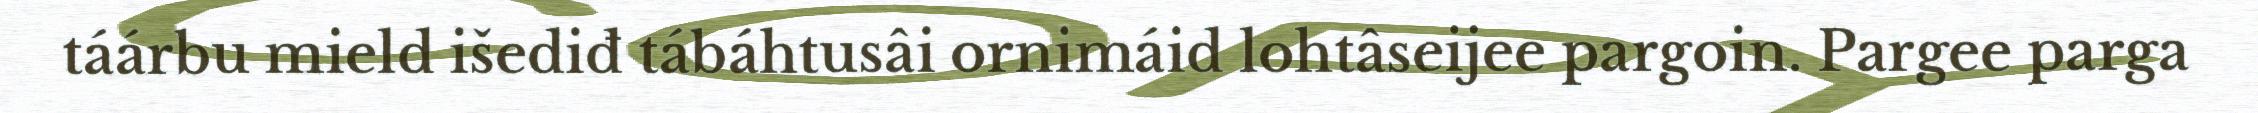
táárbu mield išediđ tábáhtusâi ornimáid lohtâseijee pargoin. Pargee parga